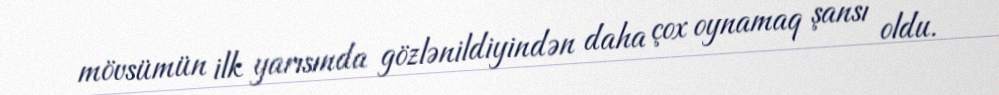
mövsümün ilk yarısında gözlənildiyindən daha çox oynamaq şansı oldu.